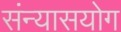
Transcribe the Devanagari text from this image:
संन्यासयोग